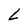
Character: L